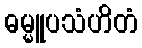
ဓမ္မူပသံဟိတံ